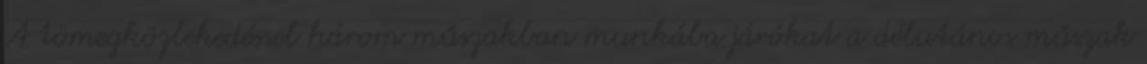
A tömegközlekedéssel három műszakban munkába járókat a délutános műszak